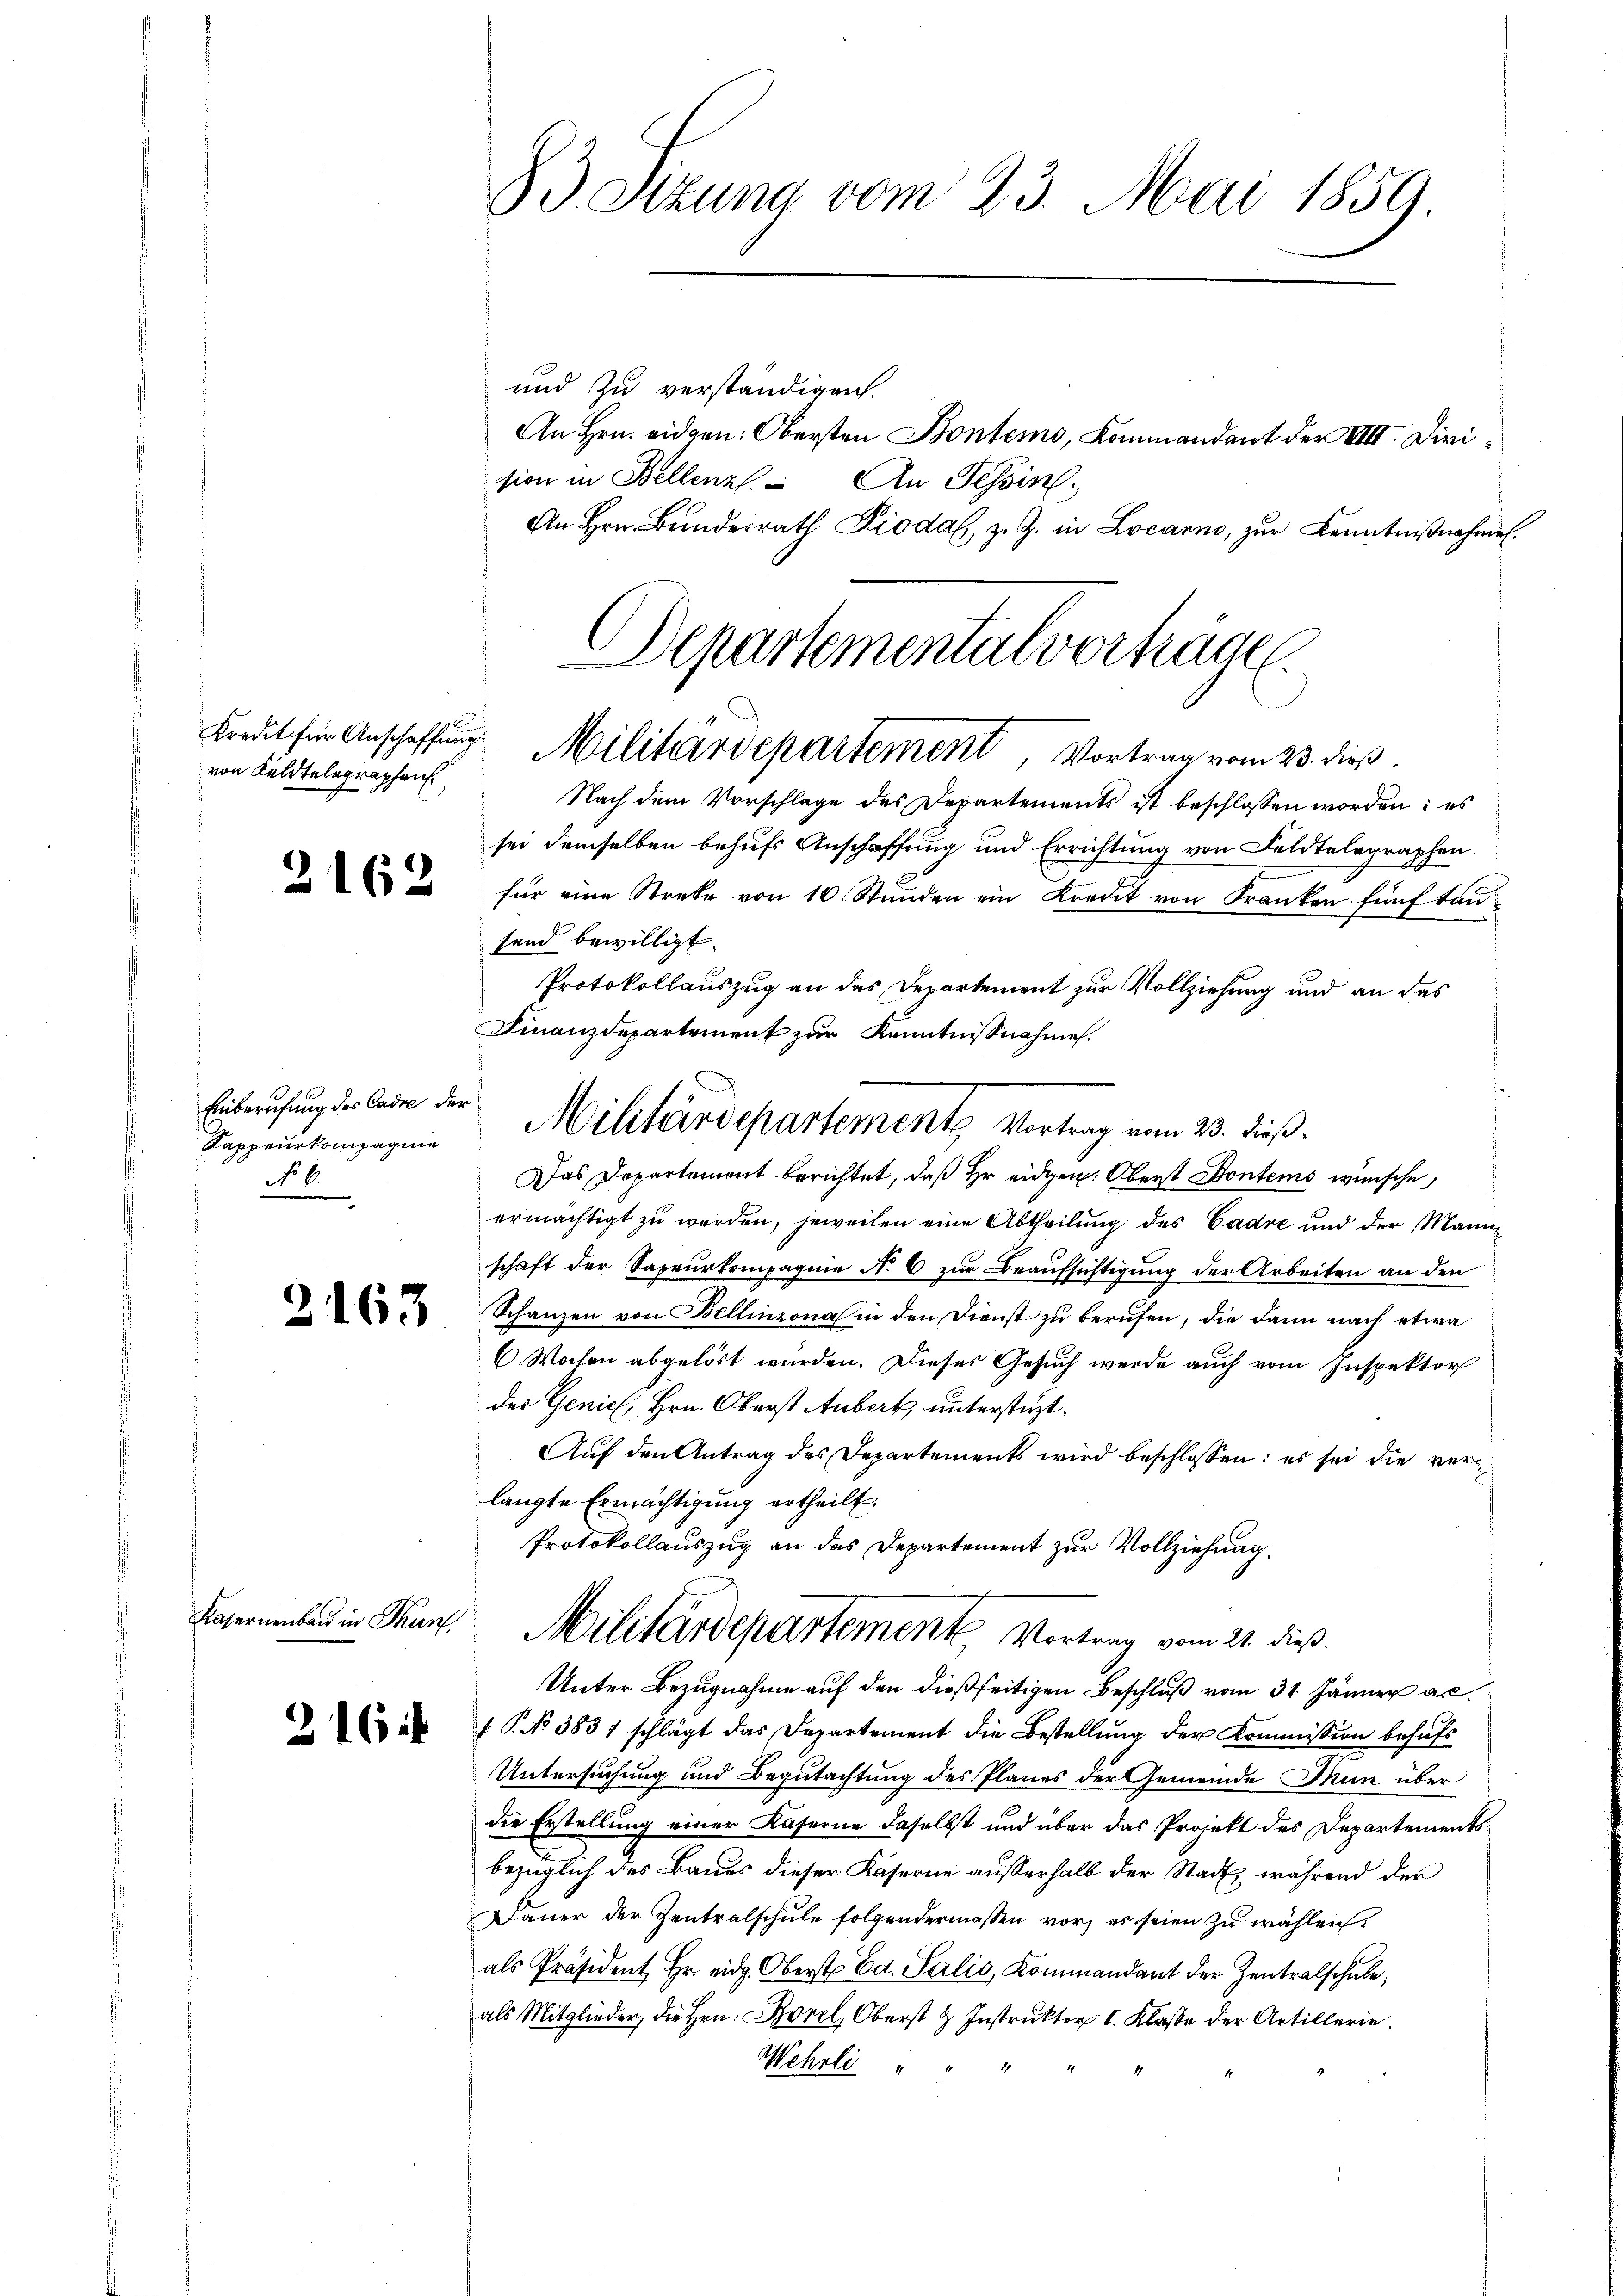
von Keldtelegraphen

.

162

Einberufung des Cadre der
Kappeurkompagnie
No 6.

2163

Kasernenbau in Thun

216

83. Sitzung vom 23. Mai 1859.

und zu verständigen.
sion in Bellenz An Tessin.
Departementalverträge.

Kredit für Anschaffŭng Militärdepartement, Vortrag vom 23. dieß.

Nach dem Vorschlage des Departements ist beschlossen worden: es
sei demselben behufs Anschaffung und Errichtung von Feldtelegraphen
für eine Streke von 10 Stunden ein Kredit von Franken fünf tausend bewilligt.
Protokollauszug an das Departement zur Vollziehung und an das
Finanzdepartement zur Kenntnisnahme.
Das Departement berichtet, daß Er eidgen: Oberst Kontens wünsche,
ermächtigt zŭ werden, jeweilen eine Abtheilung des Cadre und der Mannschaft der Sapeurkompagnie No 6 zur Beaufsichtigung der Arbeiten an den
Schanzen von Bellinzona in den Dienst zu berufen, die dann nach etwa
6 Wochen abgelöst wurden. Dieses Gesuch werde auch vom Inspektor
des Genic, Hrn. Oberst Aubert unterstüzt.
Auf den Antrag des Departements wird beschlossen: es sei die verlangte Ermächtigung ertheilt.
Protokollauszug an das Departement zur Vollziehung.
Militärdepartement Vortrag vom 21. dieß.
Unter Bezugnahme auf den dießseitigen Beschluß vom 31. Jänner ac
 P. No 3831 schlägt das Departement die Bestellŭng der Kommission behufs
Untersuchung und Begutachtung des Planes der Gemeinde Thun über
die Erstellung einer Kaserne daselbst und über das Projekt des Departements
bezüglich des Baues dieser Kaserne ausserhalb der Stadt, während der
Dauer der Zentralschule folgendermassen vor, es seien zu wählen.
als Präsident Hr. eid. Oberst Ed. Salis, Kommandant der Zentralschule,
als Mitglieder, die Hrn. Borel, Oberst & Instrŭktor I. Klasse der Artillerie.
Wehrli " "

Militärdepartemente Vortrag vom 23. dieß.

An Hrn. eidgen: Obersten Bontems, Kommandant der VIII. Diri¬
An Hrn. Bunderrat Pioda, z. Z. in Locarno, zur Kenntnißnahmen.